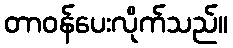
တာဝန်ပေးလိုက်သည်။